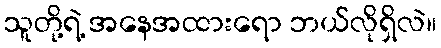
သူတို့ရဲ့ အနေအထားရော ဘယ်လိုရှိလဲ။